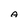
Character: A